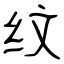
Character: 纹